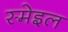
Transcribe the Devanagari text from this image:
स्मेइल